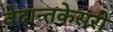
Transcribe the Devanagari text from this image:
वेदान्तकेसरी